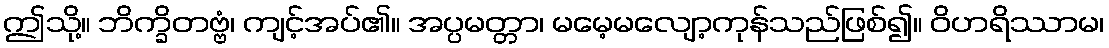
ဤသို့။ ဘိက္ခိတဗ္ဗံ၊ ကျင့်အပ်၏။ အပ္ပမတ္တာ၊ မမေ့မလျော့ကုန်သည်ဖြစ်၍။ ဝိဟရိဿာမ၊